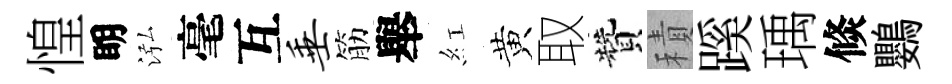
惶眀泓毫互垂筋舉紅黄取贊積蹊瑀倐鸚